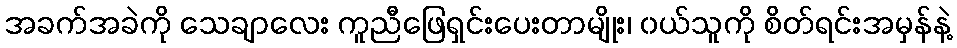
အခက်အခဲကို သေချာလေး ကူညီဖြေရှင်းပေးတာမျိုး၊ ၀ယ်သူကို စိတ်ရင်းအမှန်နဲ့